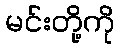
မင်းတို့ကို